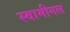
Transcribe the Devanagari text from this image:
स्वामीगल